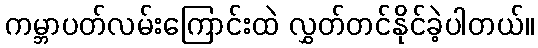
ကမ္ဘာပတ်လမ်းကြောင်းထဲ လွှတ်တင်နိုင်ခဲ့ပါတယ်။